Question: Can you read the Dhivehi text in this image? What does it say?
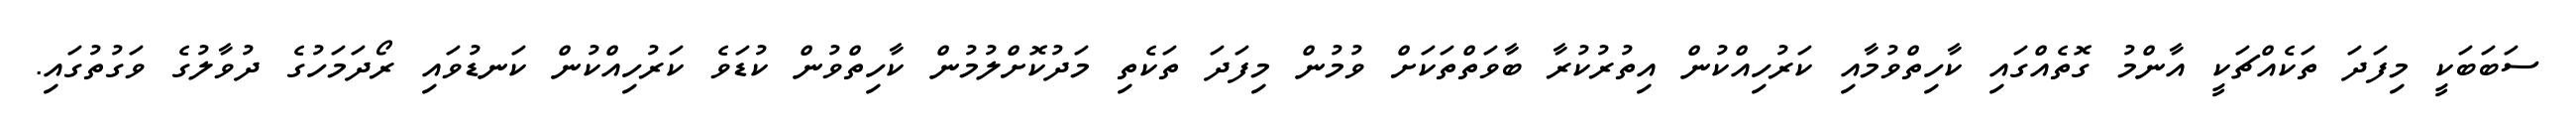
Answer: ސަބަބަކީ މިފަދަ ތަކެއްޗަކީ އާންމު ގޮތެއްގައި ކާހިތްވުމާއި ކަރުހިއްކުން އިތުރުކުރާ ބާވަތްތަކަށް ވުމުން މިފަދަ ތަކެތި މަދުކޮށްލުމުން ކާހިތްވުން ކުޑަވެ ކަރުހިއްކުން ކަނޑުވައި ރޯދަމަހުގެ ދުވާލުގެ ވަގުތުގައި.